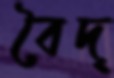
বৈদ্